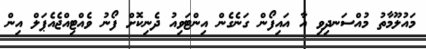
މައުލޫމާތު މުއްސަނދިވި އާ އައިފޯން ގަނެގެން އިންޓަވިއު ދެނިކޮށް ފޯނު ވެއްޓިއްޖެއެޕަލް އިން